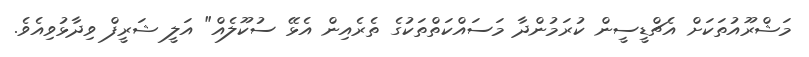
މަޝްރޫއުތަކަށް އެޗްޑީސީން ކުރަމުންދާ މަސައްކަތްތަކުގެ ތެރެއިން އެޅޭ ސުކޫލެއް" އަލީ ޝަރީފް ވިދާޅުވިއެވެ.